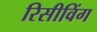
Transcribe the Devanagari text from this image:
रिसीविंग